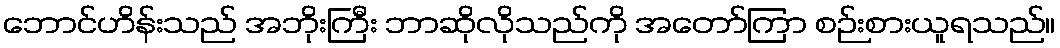
ဘောင်ဟိန်းသည် အဘိုးကြီး ဘာဆိုလိုသည်ကို အတော်ကြာ စဉ်းစားယူရသည်။